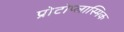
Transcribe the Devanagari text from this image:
प्रोटोप्लास्मिक